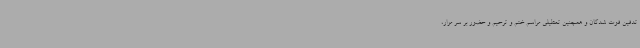
تدفین فوت شدگان و همچنین تعطیلی مراسم ختم و ترحیم و حضور بر سر مزار،